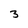
Character: 3